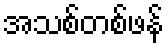
အသစ်တစ်ဖန်